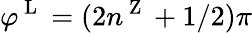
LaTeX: \varphi^{\mathrm{~L~}}=(2n^{\mathrm{~Z~}}+1/2)\pi